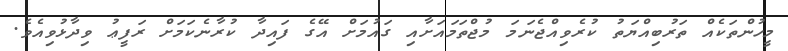
މީހުންތަކެއް ތަރުބިއްޔަތު ކުރެވިއްޖެނަމަ މުޖްތަމައަށާއި ގައުމަށް އޭގެ ފައިދާ ކުރާނެކަމަށް ރަފީޢު ވިދާޅުވިއެވެ.